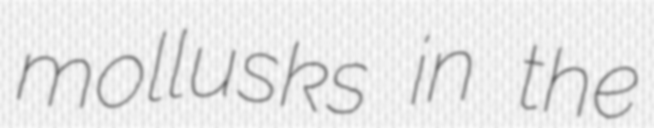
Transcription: mollusks in the